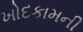
ખોદકામની